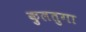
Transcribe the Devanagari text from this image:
कुलतुगा